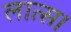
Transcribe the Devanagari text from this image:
लात्स।